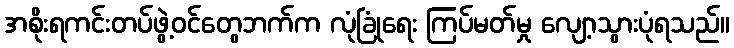
အစိုးရကင်းတပ်ဖွဲ့ဝင်တွေဘက်က လုံခြုံရေး ကြပ်မတ်မှု လျော့သွားပုံရသည်။